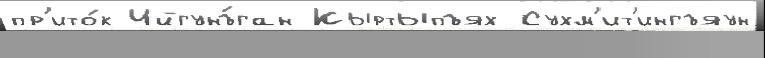
пр'ито́к Ийгунъ́ган Кыртыпъях Сухм'ит'ингъяун